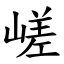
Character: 嵯